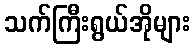
သက်ကြီးရွယ်အိုများ